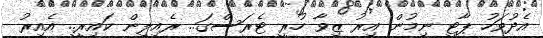
އެދުވަހު ޕާޓީ ނިމުން އިރު ޒިވާ ހުރީ ޓެރަސްގަ.. ރެއިލިން ކައިރީ.. އެއިރު